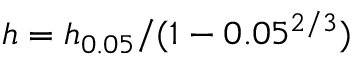
h = h _ { 0 . 0 5 } / ( 1 - 0 . 0 5 ^ { 2 / 3 } )